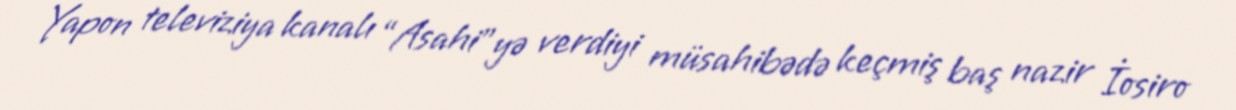
Yapon televiziya kanalı “Asahi”yə verdiyi müsahibədə keçmiş baş nazir İosiro